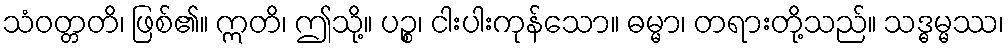
သံဝတ္တတိ၊ ဖြစ်၏။ ဣတိ၊ ဤသို့။ ပဉ္စ၊ ငါးပါးကုန်သော။ ဓမ္မာ၊ တရားတို့သည်။ သဒ္ဓမ္မဿ၊